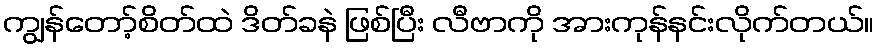
ကျွန်တော့်စိတ်ထဲ ဒိတ်ခနဲ ဖြစ်ပြီး လီဗာကို အားကုန်နင်းလိုက်တယ်။